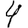
Digit: 4